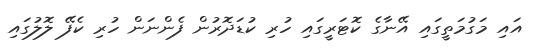
އައި މަގުމަތީގައި އޭނާގެ ކޮޓަރީގައި ހުރި ކުޑަދޮރުން ފެންނަން ހުރި ކެފޭ ލޮލުގައި